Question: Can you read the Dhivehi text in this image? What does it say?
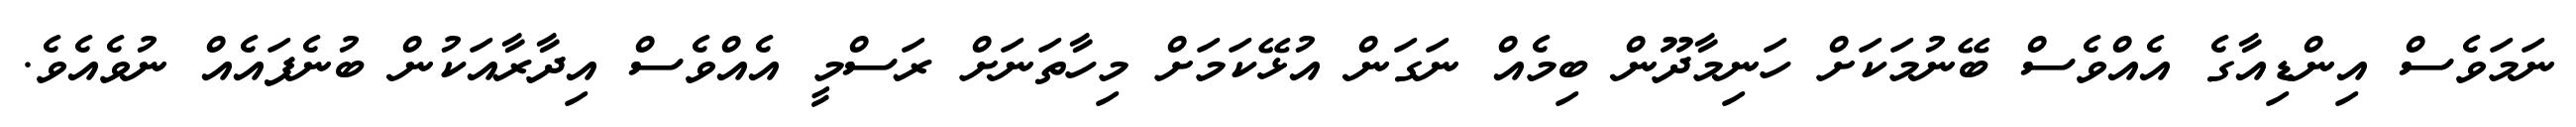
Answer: ނަމަވެސް އިންޑިއާގެ އެއްވެސް ބޭނުމަކަށް ހަނިމާދޫން ބިމެއް ނަގަން އުޅޭކަމަށް މިހާތަނަށް ރަސްމީ އެއްވެސް އިދާރާއަކުން ބުނެފައެއް ނުވެއެވެ.